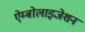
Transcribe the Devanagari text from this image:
ऐम्बोलाइजेशन